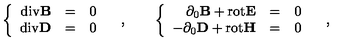
\left\{ \begin{array} { r c l } { \mathrm { d i v } { \bf B } } & { = } & { 0 } \\ { \mathrm { d i v } { \bf D } } & { = } & { 0 } \\ \end{array} \right. \quad , \qquad \left\{ \begin{array} { r c l } { \phantom { - } \partial _ { 0 } { \bf B } { } + { } \mathrm { r o t } { \bf E } } & { = } & { 0 } \\ { - \partial _ { 0 } { \bf D } { } + { } \mathrm { r o t } { \bf H } } & { = } & { 0 } \\ \end{array} \right. \quad ,